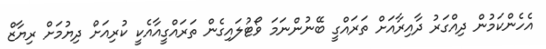
އެހެންކަމުން ދިއްގަރު ދާއިރާއަށް ތަރައްގީ ބޭނުންނަމަ ވޯޓުލައިގެން ތަރައްގީއާއެކީ ކުރިއަށް ދިޔުމަށް ރިޔާޒް